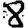
Digit: 8